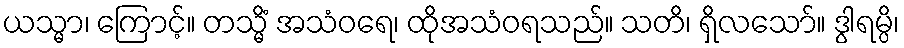
ယသ္မာ၊ ကြောင့်။ တသ္မိံ အသံဝရေ၊ ထိုအသံဝရသည်။ သတိ၊ ရှိလသော်။ ဒွါရမ္ပိ၊